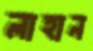
লাহান